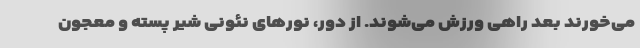
می‌خورند بعد راهی ورزش می‌شوند. از دور، نورهای نئونی شیر پسته و معجون